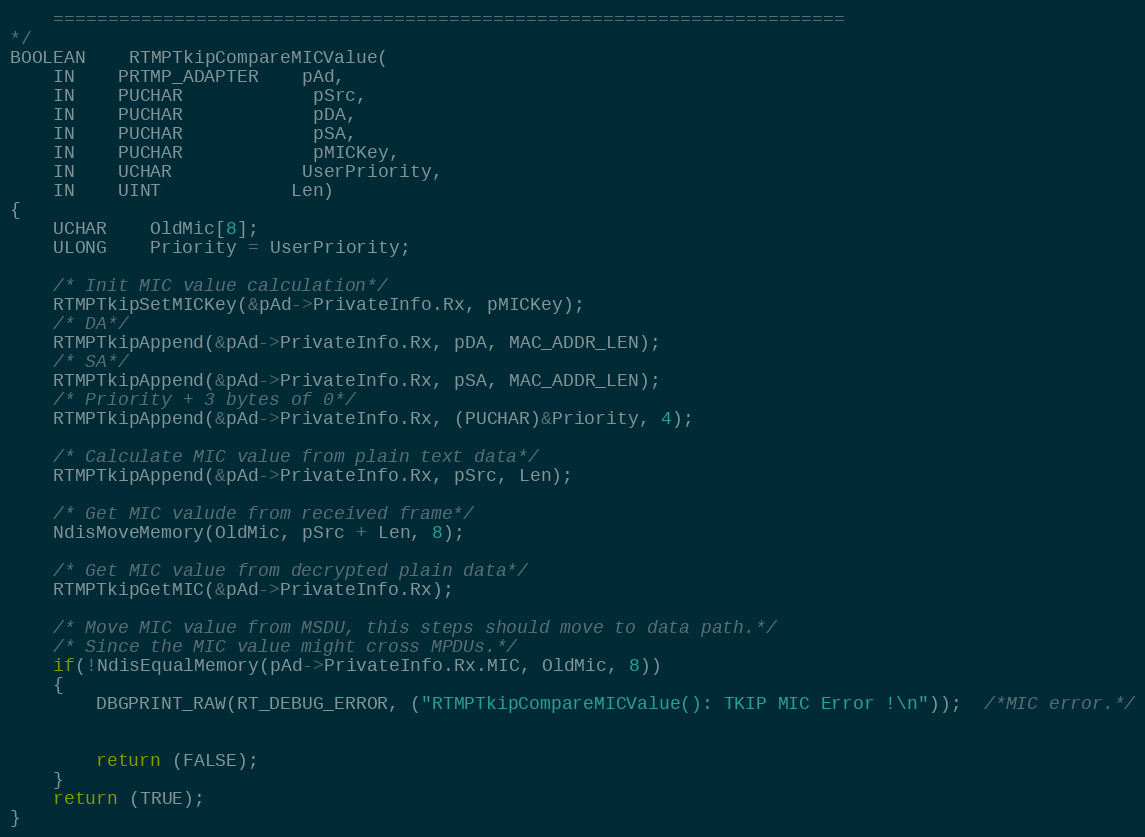
Language: C
	========================================================================
*/
BOOLEAN	RTMPTkipCompareMICValue(
	IN	PRTMP_ADAPTER	pAd,
	IN	PUCHAR			pSrc,
	IN	PUCHAR			pDA,
	IN	PUCHAR			pSA,
	IN	PUCHAR			pMICKey,
	IN	UCHAR			UserPriority,
	IN	UINT			Len)
{
	UCHAR	OldMic[8];
	ULONG	Priority = UserPriority;

	/* Init MIC value calculation*/
	RTMPTkipSetMICKey(&pAd->PrivateInfo.Rx, pMICKey);
	/* DA*/
	RTMPTkipAppend(&pAd->PrivateInfo.Rx, pDA, MAC_ADDR_LEN);
	/* SA*/
	RTMPTkipAppend(&pAd->PrivateInfo.Rx, pSA, MAC_ADDR_LEN);
	/* Priority + 3 bytes of 0*/
	RTMPTkipAppend(&pAd->PrivateInfo.Rx, (PUCHAR)&Priority, 4);

	/* Calculate MIC value from plain text data*/
	RTMPTkipAppend(&pAd->PrivateInfo.Rx, pSrc, Len);

	/* Get MIC valude from received frame*/
	NdisMoveMemory(OldMic, pSrc + Len, 8);

	/* Get MIC value from decrypted plain data*/
	RTMPTkipGetMIC(&pAd->PrivateInfo.Rx);

	/* Move MIC value from MSDU, this steps should move to data path.*/
	/* Since the MIC value might cross MPDUs.*/
	if(!NdisEqualMemory(pAd->PrivateInfo.Rx.MIC, OldMic, 8))
	{
		DBGPRINT_RAW(RT_DEBUG_ERROR, ("RTMPTkipCompareMICValue(): TKIP MIC Error !\n"));  /*MIC error.*/

		return (FALSE);
	}
	return (TRUE);
}